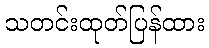
သတင်းထုတ်ပြန်ထား